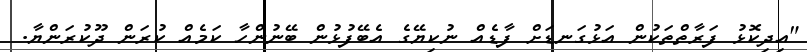
"އިދިކޮޅު ފަރާތްތަކުން އަޅުގަނޑަށް ފާޑެއް ނުކިޔޭގެ އެބޭފުޅުން ބޭނުންހާ ކަމެއް ކުރަން ދޫކުރަންޔާ.